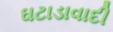
ઘટાડાવાદી